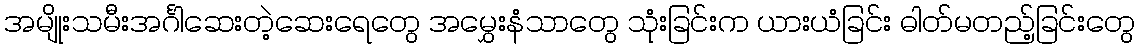
အမျိုးသမီးအင်္ဂါဆေးတဲ့ဆေးရေတွေ အမွှေးနံသာတွေ သုံးခြင်းက ယားယံခြင်း ဓါတ်မတည့်ခြင်းတွေ